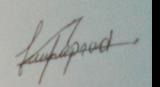
Signature authenticity: forged